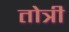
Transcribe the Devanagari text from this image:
तोत्री